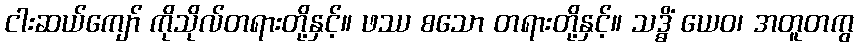
ငါးဆယ်ကျော် ကိုသိုလ်တရားတို့နှင့်။ ဖဿ စသော တရားတို့နှင့်။ သဒ္ဓိံ ယေဝ၊ အတူတကွ